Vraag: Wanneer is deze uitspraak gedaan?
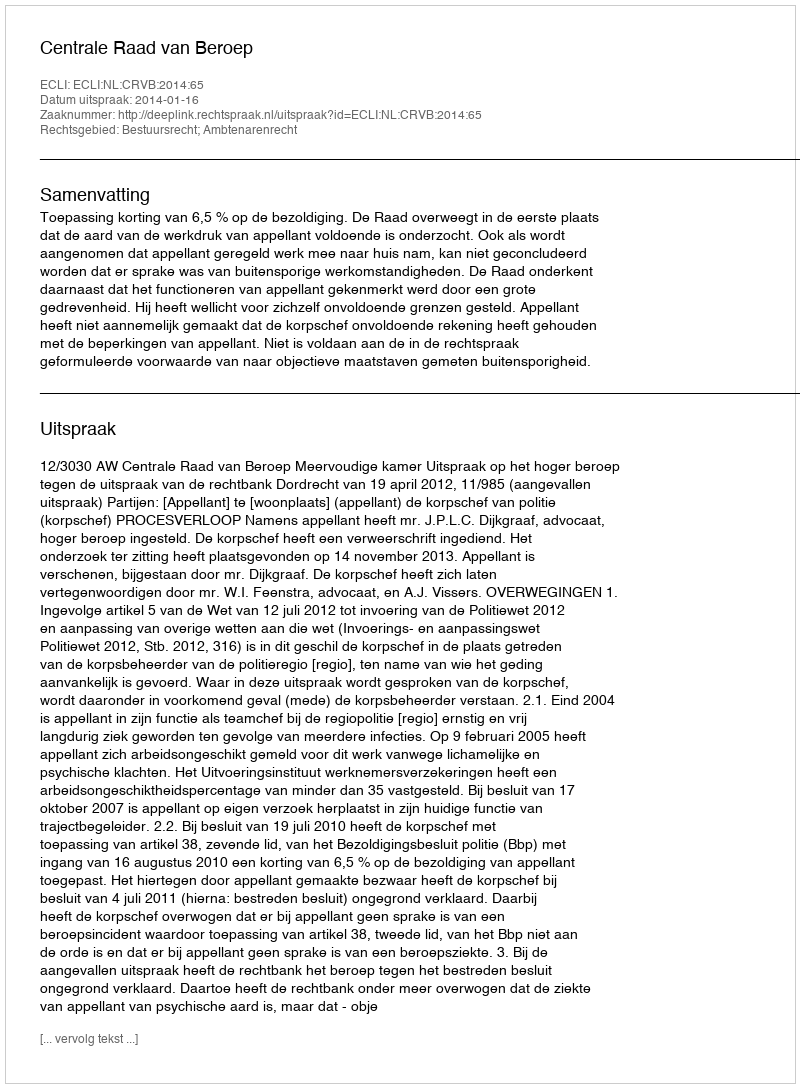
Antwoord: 2014-01-16